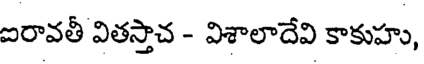
ఐరావతీ వితస్తాచ - విశాలాదేవి కాకుహు,